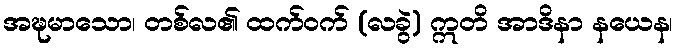
အဍ္ဎမာသော၊ တစ်လ၏ ထက်ဝက် (လခွဲ) ဣတိ အာဒိနာ နယေန၊